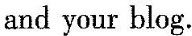
and your blog.